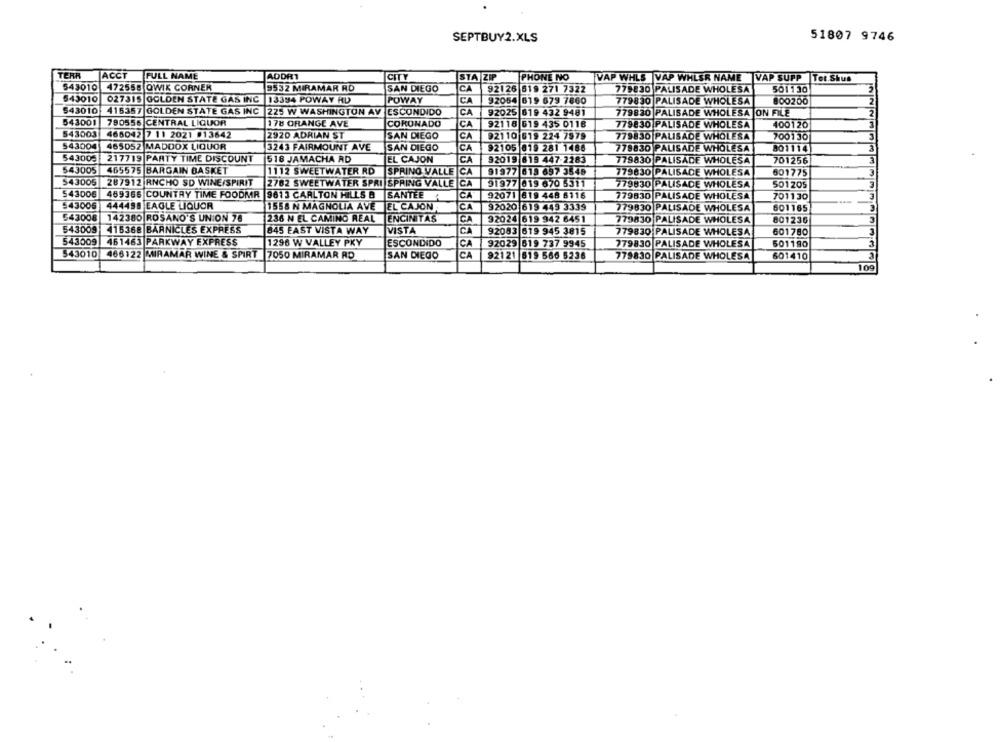
SEPTBUY2.XLS
51807 9746
TERR
ACCT
FULL NAME
ADDRT
CITY
STA ZIP
PHONE NO
VAP WHLS |VAP WHLSR NAME VAP SUPP |Tet.Shus
543010
472555 QWIK CORNER
9532 MIRAMAR RD
SAN DIEGO
CA
92126 619 271 7322
779830 PALISADE WHOLESA
501130
543010
027315 GOLDEN STATE GAS INC |13394 POWAY HD
POWAY
CA
92054 619 679 7860
779830 PALISADE WHOLESA
800200
543010
416357 GOLDEN STATE GAS INC 225 W WASHINGTON AV ESCONDIDO
CA
92025 619 432 9481
779830 PALISADE WHOLESA ON FILE
543001
790556 CENTRAL LIQUOR
178 ORANGE AVE
CORONADO
CA
92118 619 435 0118
779830 PALISADE WHOLESA
400120
543003
468042 7 11 2021 013642
2920 ADRIAN ST
SAN DIEGO
CA
92110 619 224 7979
779830 PALISADE WHOLESA
700130
543004
465052 MADDOX LIQUOR
3243 FAIRMOUNT AVE
SAN DIEGO
CA
92105 019 281 1486
778830 PALISADE WHOLESA
801114
543005 217719 PARTY TIME DISCOUNT
518 JAMACHA AD
EL CAJON
CA
92019 619 447-2283
779830 PALISADE WHOLESA
701256
543005
465575 BARGAIN BASKET
1112 SWEETWATER RD
91977 619 697 3548
SPRING VALLE CA
779830 PALISADE WHOLESA
601775
543005
287912 RNCHO SD WINE/SPIRIT
2782 SWEETWATER SPRI SPRING VALLE CA
91977 019 670 5311
779830 PALISADE WHOLESA
501205
543006
SANTEE
469366 COUNTRY TIME FOODMR |9613 CARLTON HILLS &
CA
92071 819 448 6116
779830 PALISADE WHOLESA
701130
543006
444498 EAGLE LIQUOR
1558 N MAGNOLIA AVE EL CAJON,
CA
92020 619 449 3339
779830 PALISADE WHOLESA
601165
543008
142380 ROSANO'S UNION 78
236 N EL CAMINO REAL
ENCINITAS
CA
32024 619 942 6451
779830 PALISADE WHOLESA
801236
543009
415368 BARNICLES EXPRESS
845 EAST VISTA WAY
VISTA
CA
92083 619 945 3815
779830 PALISADE WHOLESA
601780
543009
461463 PARKWAY EXPRESS
1296 W VALLEY PKY
ESCONDIDO
CA
92029 519 737 9945
779830 PALISADE WHOLESA
501190
543010 466122 MIRAMAR WINE & SPIRT |7050 MIRAMAR RD
SAN DIEGO
CA
92121 519 566 5236
779830 PALISADE WHOLES
601410
109